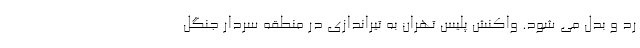
رد و بدل می شود. واکنش پلیس تهران به تیراندازی در منطقه سردار جنگل